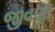
જીવણા